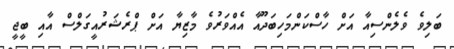
ބަލިވެ ވެލެންސިއާ އަށް ހާސްކަންމަހިބަދޫއާ އެއްވަރުވެ މާޒިޔާ އަށް ޕްރެޝަރުއީގަލްސް އާއި ބީޖީ